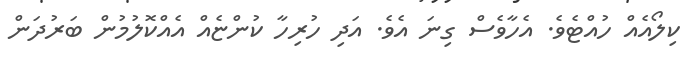
ކިލޯއެއް ހުއްޓެވެ. އެހާވެސް ގިނަ އެވެ. އަދި ހުރިހާ ކުންޏެއް އެއްކޮލުމުން ބަރުދަން